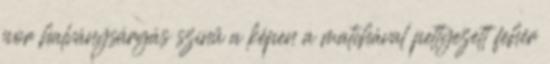
por halványsárgás színű a képen a matchával pettyezett fehér